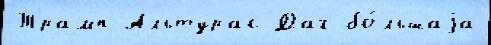
Трамп Альтурас Даг бо́льшаjа